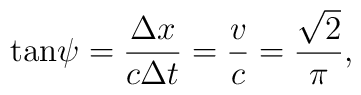
\tan\!\psi=\frac{\Delta x}{c\Delta t}=\frac{v}{c}=             \frac{\sqrt2}{\pi},